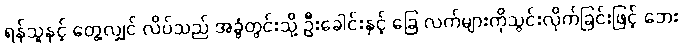
ရန်သူနှင့် တွေ့လျှင် လိပ်သည် အခွံတွင်းသို့ ဦးခေါင်းနှင့် ခြေ လက်များကိုသွင်းလိုက်ခြင်းဖြင့် ဘေး